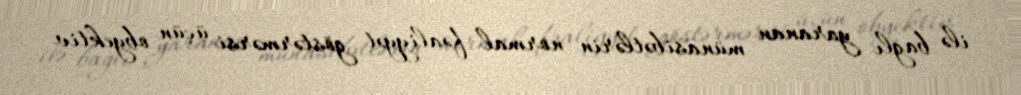
ilə bağlı yaranan münasibətlərin normal fəaliyyət göstərmərsi üçün obyektiv